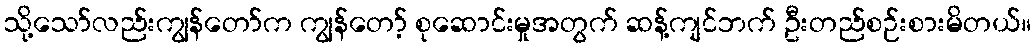
သို့သော်လည်းကျွန်တော်က ကျွန်တော့် စုဆောင်းမှုအတွက် ဆန့်ကျင်ဘက် ဦးတည်စဉ်းစားမိတယ်။